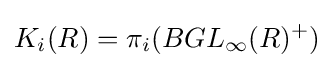
K_{i}(R)=\pi _{i}(BGL_{\infty }(R)^{+})